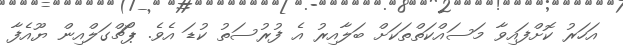
އަހަރު ކޮށްފައިވާ މަސައްކަތްތަކަށް ބަލާއިރު އެ ފުރުސަތު ކުޑަ އެވެ. ޕޯޗްގަލްއިން ޔޫއެފާ